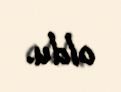
oldu.